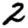
Digit: 2